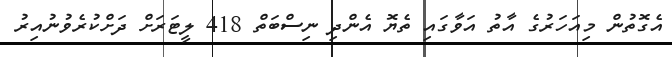
އެގޮތުން މިއަހަރުގެ އާތު އަވާގައި ތެޔޮ އެންދި ނިސްބަތް 418 ލީޓަރަށް ދަށްކުރެވުނުއިރު